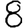
Digit: 8